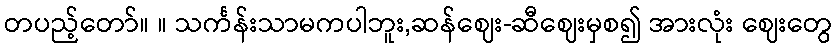
တပည့်တော်။ ။ သင်္ကန်းသာမကပါဘူး,ဆန်ဈေး-ဆီဈေးမှစ၍ အားလုံး ဈေးတွေ